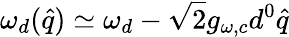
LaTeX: \omega_{d}(\hat{q})\simeq\omega_{d}-\sqrt{2}g_{\omega,c}d^{0}\hat{q}